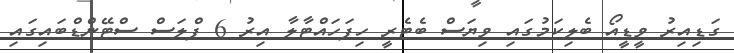
ގަޑިއިރު ވީޑީއޯ ބެލިކަމުގައި ވިޔަސް ބެޓެރީ ހިފަހައްޓާލާ އިރު 6 ޕްލަސް ސްޓޭންޑްބައިގައި